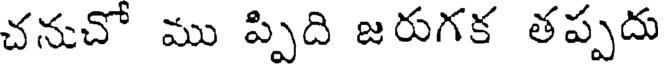
చనుచో ము ప్పిది జరుగక తప్పదు